Malarial fevers
Disease focus: Malaria
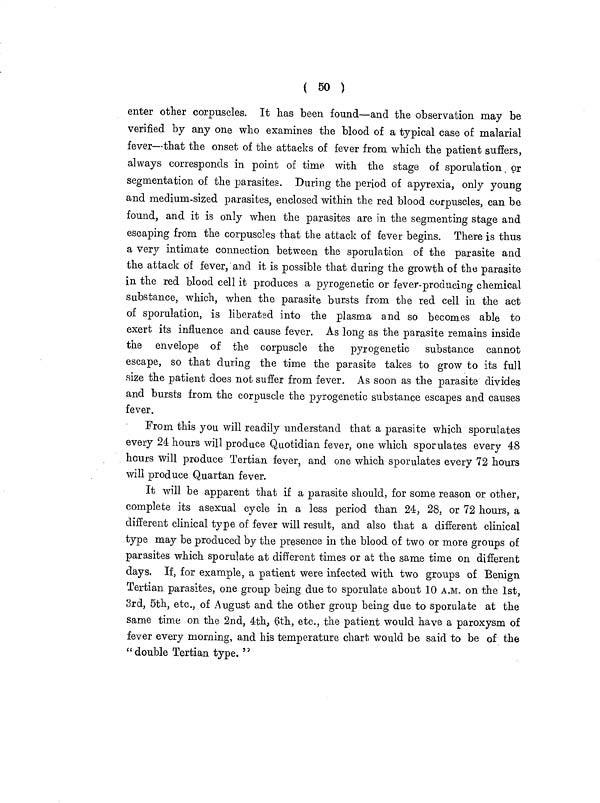
( 50 )
enter other corpuscles. It has been found—and the observation may be
verified by any one who examines the blood of a typical case of malarial
fever—that the onset of the attacks of fever from which the patient suffers,
always corresponds in point of time with the stage of sporulation or
segmentation of the parasites. During the period of apyrexia, only young
and medium-sized parasites, enclosed within the red blood corpuscles, can be
found, and it is only when the parasites are in the segmenting stage and
escaping from the corpuscles that the attack of fever begins. There is thus
a very intimate connection between the sporulation of the parasite and
the attack of fever, and it is possible that during the growth of the parasite
in the red blood cell it produces a pyrogenetic or fever-producing chemical
substance, which, when the parasite bursts from the red cell in the act
of sporulation, is liberated into the plasma and so becomes able to
exert its influence and cause fever. As long as the parasite remains inside
the envelope of the corpuscle the pyrogenetic substance cannot
escape, so that during the time the parasite takes to grow to its full
size the patient does not suffer from fever. As soon as the parasite divides
and bursts from the corpuscle the pyrogenetic substance escapes and causes
fever.
From this you will readily understand that a parasite which sporulates
every 24 hours will produce Quotidian fever, one which sporulates every 48
hours will produce Tertian fever, and one which sporulates every 72 hours
will produce Quartan fever.
It will be apparent that if a parasite should, for some reason or other,
complete its asexual cycle in a less period than 24, 28, or 72 hours, a
different clinical type of fever will result, and also that a different clinical
type may be produced by the presence in the blood of two or more groups of
parasites which sporulate at different times or at the same time on different
days. If, for example, a patient were infected with two groups of Benign
Tertian parasites, one group being due to sporulate about 10 A.M. on the 1st,
3rd, 5th, etc., of August and the other group being due to sporulate at the
same time on the 2nd, 4th, 6th, etc.. the patient would have a paroxysm of
fever every morning, and his temperature chart would be said to be of the
"double Tertian type. "